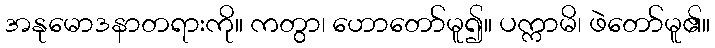
အနုမောဒနာတရားကို။ ကတွာ၊ ဟောတော်မူ၍။ ပက္ကာမိ၊ ဖဲတော်မူ၏။